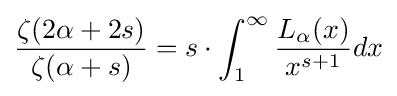
{\frac {\zeta (2\alpha +2s)}{\zeta (\alpha +s)}}=s\cdot \int _{1}^{\infty }{\frac {L_{\alpha }(x)}{x^{s+1}}}dx